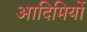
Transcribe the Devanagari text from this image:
आदिमियों